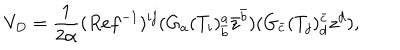
V _ { D } = \frac { 1 } { 2 \alpha } ( R e f ^ { - 1 } ) ^ { i j } ( G _ { a } ( T _ { i } ) _ { \bar { b } } ^ { a } \bar { z } ^ { \bar { b } } ) ( G _ { \bar { c } } ( T _ { j } ) _ { d } ^ { \bar { c } } z ^ { d } ) ,